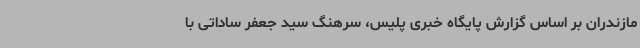
مازندران بر اساس گزارش پایگاه خبری پلیس، سرهنگ سید جعفر ساداتی با